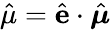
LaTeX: \hat{\mu}=\hat{\mathbf{e}}\cdot\hat{\boldsymbol{\mu}}